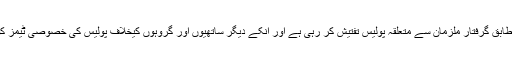
ترجمان سندھ پولیس کیمطابق گرفتار ملزمان سے متعلقہ پولیس تفتیش کر رہی ہے اور انکے دیگر ساتھیوں اور گروہوں کیخلاف پولیس کی خصوصی ٹیمز کو ٹاسک دے دیا گیا ہے۔